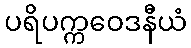
ပရိပက္ကဝေဒနီယံ